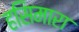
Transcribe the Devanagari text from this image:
हसिमारा